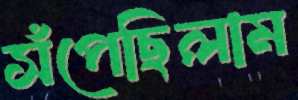
সঁপেছিলাম